King Institute of Preventive Medicine Bacteriolog. Section reports 1907-08
Year: 1907
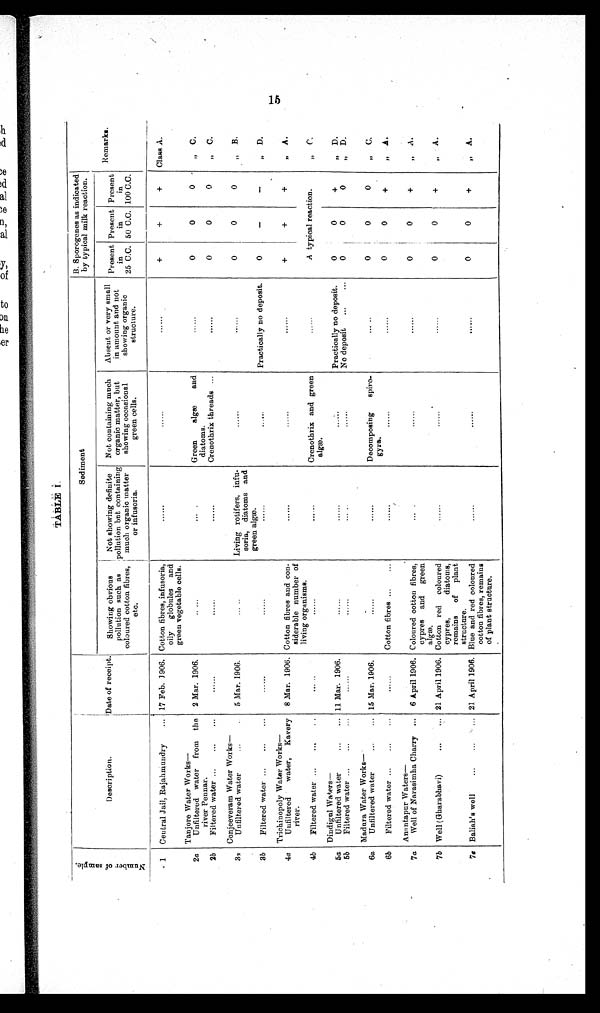
TABLE I .
Number
of sampl e.
Description.
Date of receipt.
Sediment
B. Sporogenes as indicated
by typical milk reaction.
Remarks.
Showing obvious
Not showing definite
pollution such as
pollution but containing
Not containing much
organic matter, but
Absent or very small
in amount and not
Present
in
Present
in
Present
in
coloured cotton fibres
etc.
much organic matter
or infusoria.
showing occasional
green cells,
showing organic
structure.
25 C.C. 50 C.C. 100 C.C.
1
Central Jail, Rajahmnudry
... 17 Feb. 1906. Cotton fibres, infusoria,
oily
globules
and
green vegetable cells.
+
+
+
Class A.
Tanjore Water Works
—
2a
Unfiltered water from
the
river Pennar.
2 Mar. 1906.
Green
algæ
and
diatoms.
0
0
0
,,
C.
2b
Filtered water
Crenothrix threads
0
0
0
„
C.
Conjeeveram Water
Works—
3 a
Unfiltered water
5 M a r . 1 9 0 6 .
Living rotifers,
i n f u -
soria, diatoms and
green algæ.
0
0
0
„ B.
31)
Filtered water
Practically no deposit.
0
— —
D .,
,
Trichinopoly Water Works
—
4a
Unfiltered
water,
Kavery
river.
8 Mar. 1906. Cotton fibres and con-
siderable number of
living organisms.
+
+
+
„
A.
4b
Filtered water
Crenothrix and green
algæ.
A t y p i c a l r e a c t i o n .
Dindigul Waters
—
5a
Unfiltered water
11 Mar. 1906.
Practically no deposit.
0
0
+
„ D.
5b
Filtered water
No deposit
...
...
0
0
0
„ D.
Madura Water Works—
6a
Unfiltered water
15 Mar. 1906.
Decomposing
Spiro-
gyra.
0
0
0 , ,
"C . C
6b
Filtered water
Anantapur Waters—
Cotton fibres
0 0
+
,, A .
7a
7b
Well of Narasimha Charry
Well (Gharabhavi)
6 April 1906.
21 April 1906.
Coloured cotton fibres,
cypres
and green
algæ.
Cotton red
coloured
cypres,
diatoms,
remains
of
plant
structure.
0
0
0
0
+
+
, ,
A .
„
A.
7c
.
Baliah's well
21 April 1906. Blue and red coloured
cotton fibres, remains
of plant structure.
0
0
+ , ,
A.
15